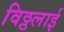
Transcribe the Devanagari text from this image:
विठ्ठलाई